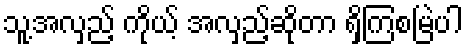
သူ့အလှည့် ကိုယ့် အလှည့်ဆိုတာ ရှိကြစမြဲပါ